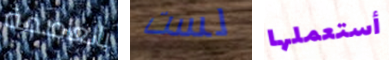
بالعاصمة لست أستعملها